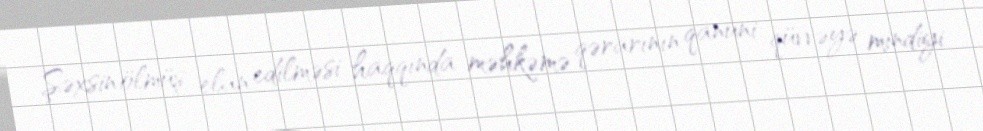
Şəxsin ölmüş elan edilməsi haqqında məhkəmə qərarının qanuni qüvvəyə mindiyi